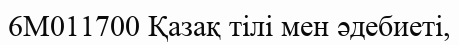
6М011700 Қазақ тілі мен әдебиеті,